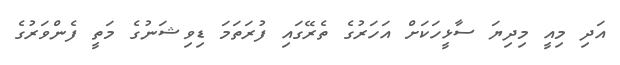
އަދި މިއީ މިދިޔަ ސާޅީހަކަށް އަހަރުގެ ތެރޭގައި ފުރަތަަމަ ޑިވިޝަނުގެ މަތީ ފެންވަރުގެ